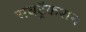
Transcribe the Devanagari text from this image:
सबट्रैकशन